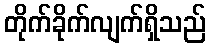
တိုက်ခိုက်လျက်ရှိသည်